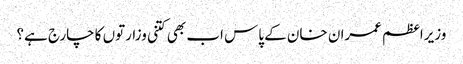
وزیراعظم عمران خان کے پاس اب بھی کتنی وزارتوں کا چارج ہے؟